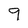
Character: 9